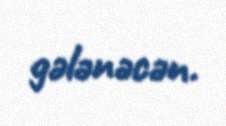
gələnəcən.